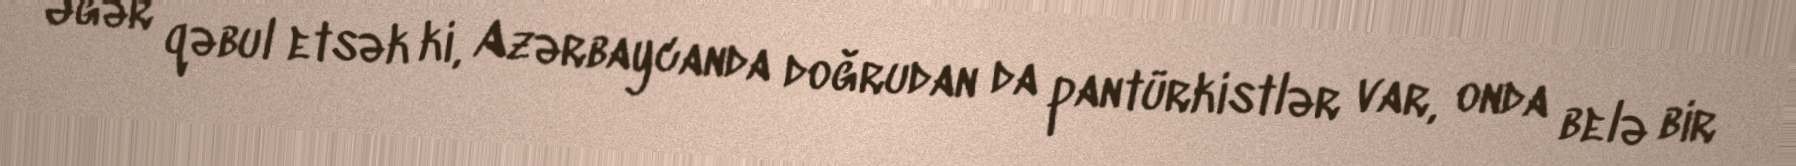
Əgər qəbul etsək ki, Azərbaycanda doğrudan da pantürkistlər var, onda belə bir